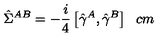
\hat { \Sigma } ^ { A B } = - { \frac { i } { 4 } } \left[ \hat { \gamma } ^ { A } , \hat { \gamma } ^ { B } \right] \hspace { 6 c m }